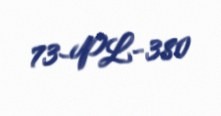
73-PL-380